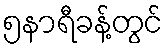
၅နာရီခန့်တွင်